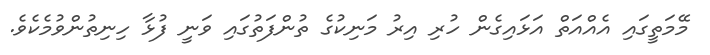
މޭމަތީގައި އެއްއަތް އަޅައިގެން ހުރި އިރު މަނިކުގެ ތުންފަތުގައި ވަނީ ފުޅާ ހިނިތުންވުމެކެވެ.